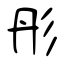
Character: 彤